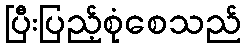
ပြီးပြည့်စုံစေသည်